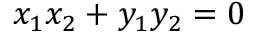
x _ { 1 } x _ { 2 } + y _ { 1 } y _ { 2 } = 0 \quad